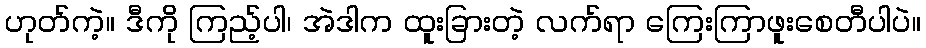
ဟုတ်ကဲ့။ ဒီကို ကြည့်ပါ၊ အဲဒါက ထူးခြားတဲ့ လက်ရာ ကြေးကြာဖူးစေတီပါပဲ။